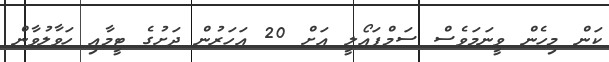
ކަން މިހެން ވީނަމަވެސް ސަމްޕައޯލީ އަށް 20 އަހަރުން ދަށުގެ ޓީމާއި ހަވާލުވާން